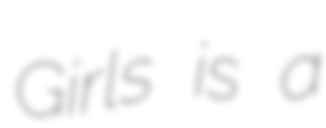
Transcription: Girls is a